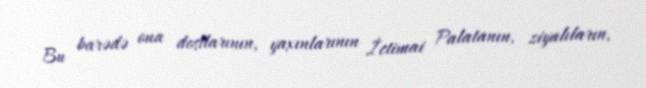
Bu barədə ona dostlarının, yaxınlarının İctimai Palatanın, ziyalıların,